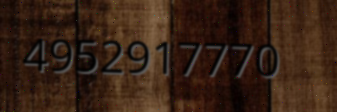
4952917770